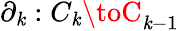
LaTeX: \partial_{\mathit{k}}:C_{\mathit{k}}\toC_{\mathit{k}-1}